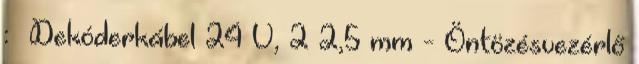
: Dekóderkábel 24 V, 2×2,5 mm - Öntözésvezérlő